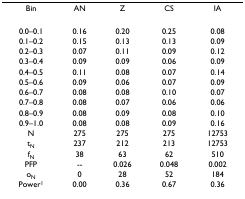
<table><thead><tr><td><b>Bin</b></td><td><b>AN</b></td><td><b>Z</b></td><td><b>CS</b></td><td><b>IA</b></td></tr></thead><tbody><tr><td>0.0–0.1</td><td>0.16</td><td>0.20</td><td>0.25</td><td>0.08</td></tr><tr><td>0.1–0.2</td><td>0.15</td><td>0.13</td><td>0.13</td><td>0.09</td></tr><tr><td>0.2–0.3</td><td>0.07</td><td>0.11</td><td>0.09</td><td>0.12</td></tr><tr><td>0.3–0.4</td><td>0.09</td><td>0.09</td><td>0.06</td><td>0.09</td></tr><tr><td>0.4–0.5</td><td>0.11</td><td>0.08</td><td>0.07</td><td>0.14</td></tr><tr><td>0.5–0.6</td><td>0.09</td><td>0.06</td><td>0.07</td><td>0.09</td></tr><tr><td>0.6–0.7</td><td>0.08</td><td>0.08</td><td>0.10</td><td>0.07</td></tr><tr><td>0.7–0.8</td><td>0.08</td><td>0.07</td><td>0.06</td><td>0.06</td></tr><tr><td>0.8–0.9</td><td>0.08</td><td>0.09</td><td>0.08</td><td>0.10</td></tr><tr><td>0.9–1.0</td><td>0.08</td><td>0.08</td><td>0.09</td><td>0.16</td></tr><tr><td>N</td><td>275</td><td>275</td><td>275</td><td>12753</td></tr><tr><td>t<sub>N</sub></td><td>237</td><td>212</td><td>213</td><td>12753</td></tr><tr><td>f<sub>N</sub></td><td>38</td><td>63</td><td>62</td><td>510</td></tr><tr><td>PFP</td><td>--</td><td>0.026</td><td>0.048</td><td>0.002</td></tr><tr><td>o<sub>N</sub></td><td>0</td><td>28</td><td>52</td><td>184</td></tr><tr><td>Power<sup>1</sup></td><td>0.00</td><td>0.36</td><td>0.67</td><td>0.36</td></tr></tbody></table>